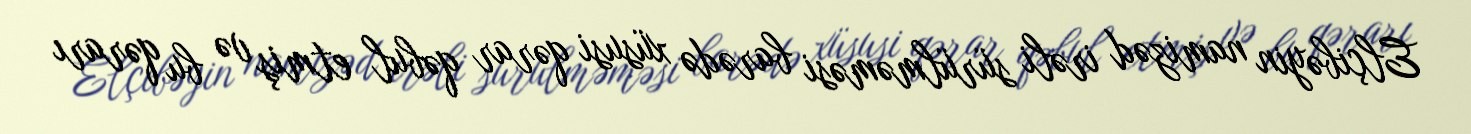
Elçibəyin namizəd irəli sürülməməsi barədə xüsusi qərar qəbul etmiş və bu qərarı